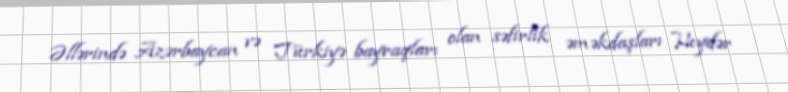
Əllərində Azərbaycan və Türkiyə bayraqları olan səfirlik əməkdaşları Heydər